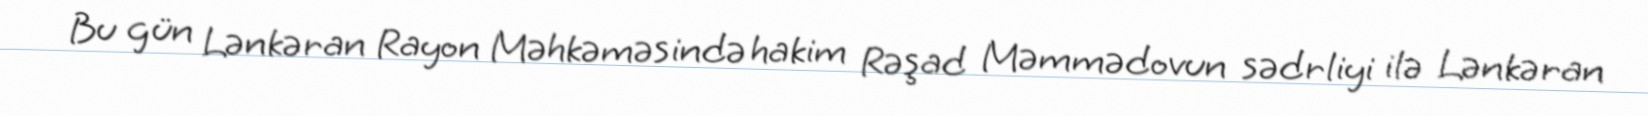
Bu gün Lənkəran Rayon Məhkəməsində hakim Rəşad Məmmədovun sədrliyi ilə Lənkəran